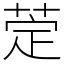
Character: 萣